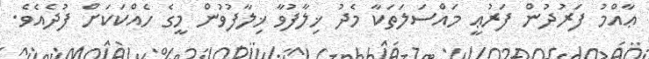
ޢާއްމު ފަރުދުން ފަރުޢީ މައްސަލަތަކާ މެދު ޚިލާފުވާ ޚިލާފުވުން މީގެ ހެއްކަކަށް ފުދެއެވެ.